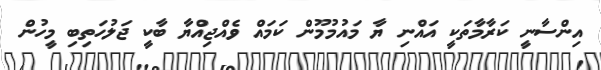
އިންސާނީ ކަރާމާތަކީ އައްނި ޔާ މައުމުމޫން ކަމައް ވެއްޖިއްޔާ ބާކީ ޖަލުހަތިބި މީހުން